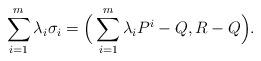
LaTeX: \begin{align*}\sum_{i=1}^m\lambda_i\sigma_i=\Big(\sum_{i=1}^m\lambda_iP^i-Q,R-Q\Big).\end{align*}